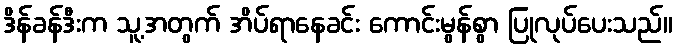
ဒိန်ခန်ဒီးက သူ့အတွက် အိပ်ရာနေခင်း ကောင်းမွန်စွာ ပြုလုပ်ပေးသည်။